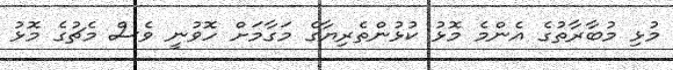
މުޅި މުބާރާތުގެ އެންމެ މޮޅު ކުޅުންތެރިޔާގެ މަގާމަށް ހޮވުނީ ވެސް މެޗުގެ މޮޅު